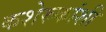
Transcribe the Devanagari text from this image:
कशेरुकांशी